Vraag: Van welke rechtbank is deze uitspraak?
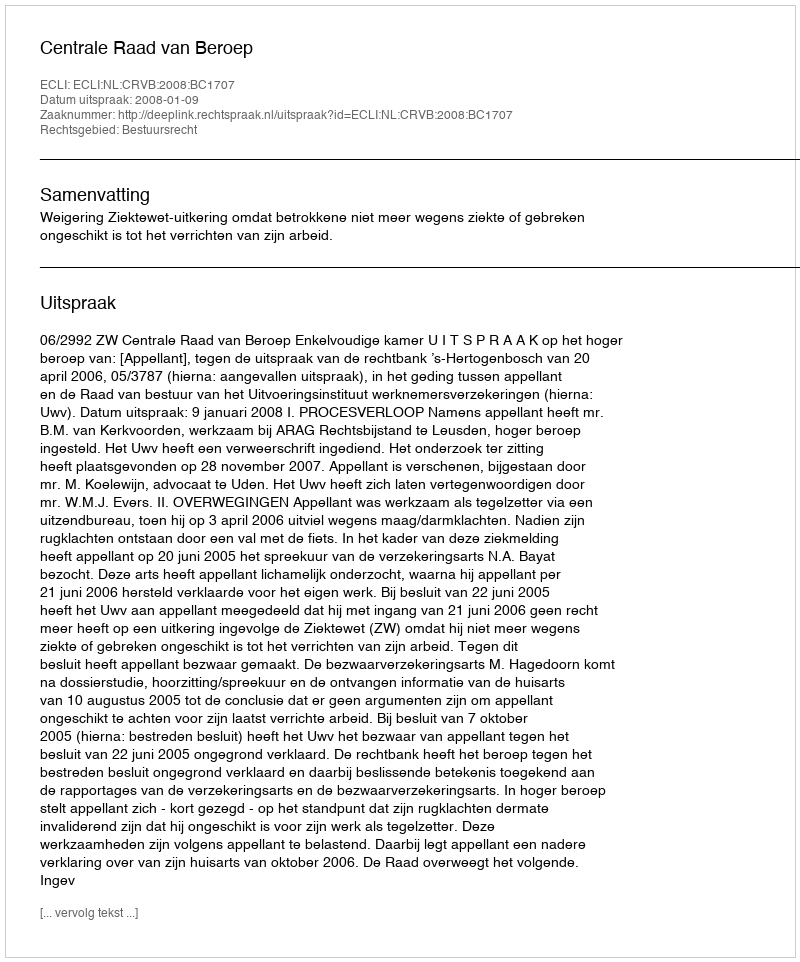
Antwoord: Centrale Raad van Beroep